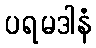
ပရမဒါနံ